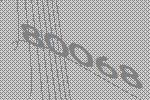
80068